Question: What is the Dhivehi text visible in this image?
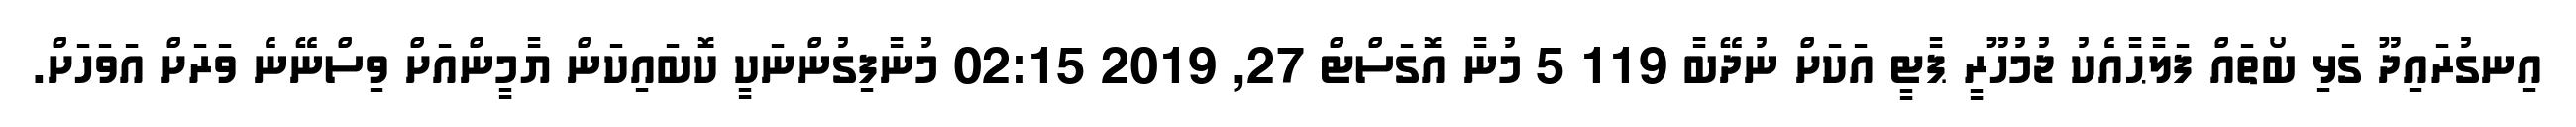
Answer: އިނގުރައިދޫ ގަޅި ބޯތައް ފަލާޙާއެކު ޖުމުހޫރީ ޕާޓީ އަކަށް ނުދޭބާ 119 5 މުނާ އޮގަސްޓް 27, 2019 02:15 މުނާފިގުންނަކީ ކޮބައިކަން ޔާމީންއަށް ވިސްނޭނެ ވަރަށް އަވަހަށް.